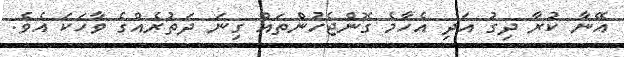
އޭނާ ކުރާ ދިގު އަދި އެހާމެ ގޮންޖެހުންތައް ގިނަ ދަތުރެއްގެ ވާހަކަ އެވެ.